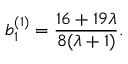
b _ { 1 } ^ { ( 1 ) } = \frac { 1 6 + 1 9 \lambda } { 8 ( \lambda + 1 ) } .